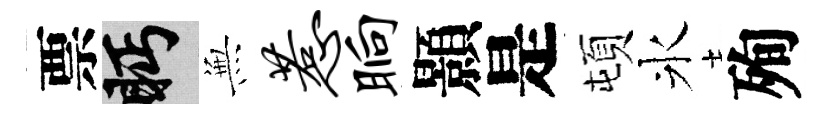
票眄𭴾惹晌顥是頓氷殉